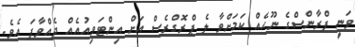
ވަނީ ފްރާންސްގެ ނޫހެއް ކަމަށްވާ ލެ ޕްރޮގްރެސް އަށް އިންޓަވިއުއެއް ދެއްވާފަ އެވެ.